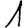
Digit: 1